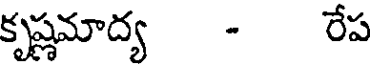
కృష్ణమాద్య - రేప